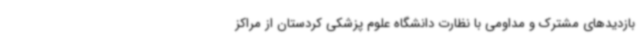
بازدیدهای مشترک و مداومی با نظارت دانشگاه علوم پزشکی کردستان از مراکز